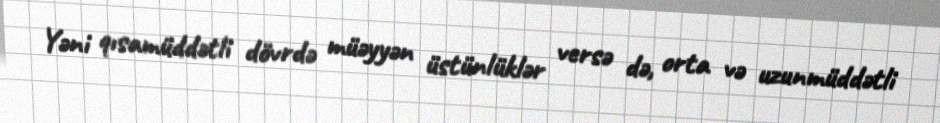
Yəni qısamüddətli dövrdə müəyyən üstünlüklər versə də, orta və uzunmüddətli